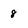
Character: 8